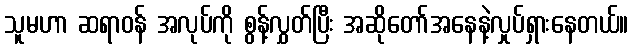
သူမဟာ ဆရာဝန် အလုပ်ကို စွန့်လွှတ်ပြီး အဆိုတော်အနေနဲ့လှုပ်ရှားနေတယ်။